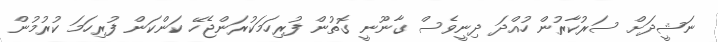
ނަޝީދަށް ސަރުކާރުން ހުއްދަ ދިނީވެސް ގާނޫނީ ގޮތުން ފުރިހަމަކުރަންޖެހޭ ކަންކަން ފުރިހަމަ ކުރުމުން